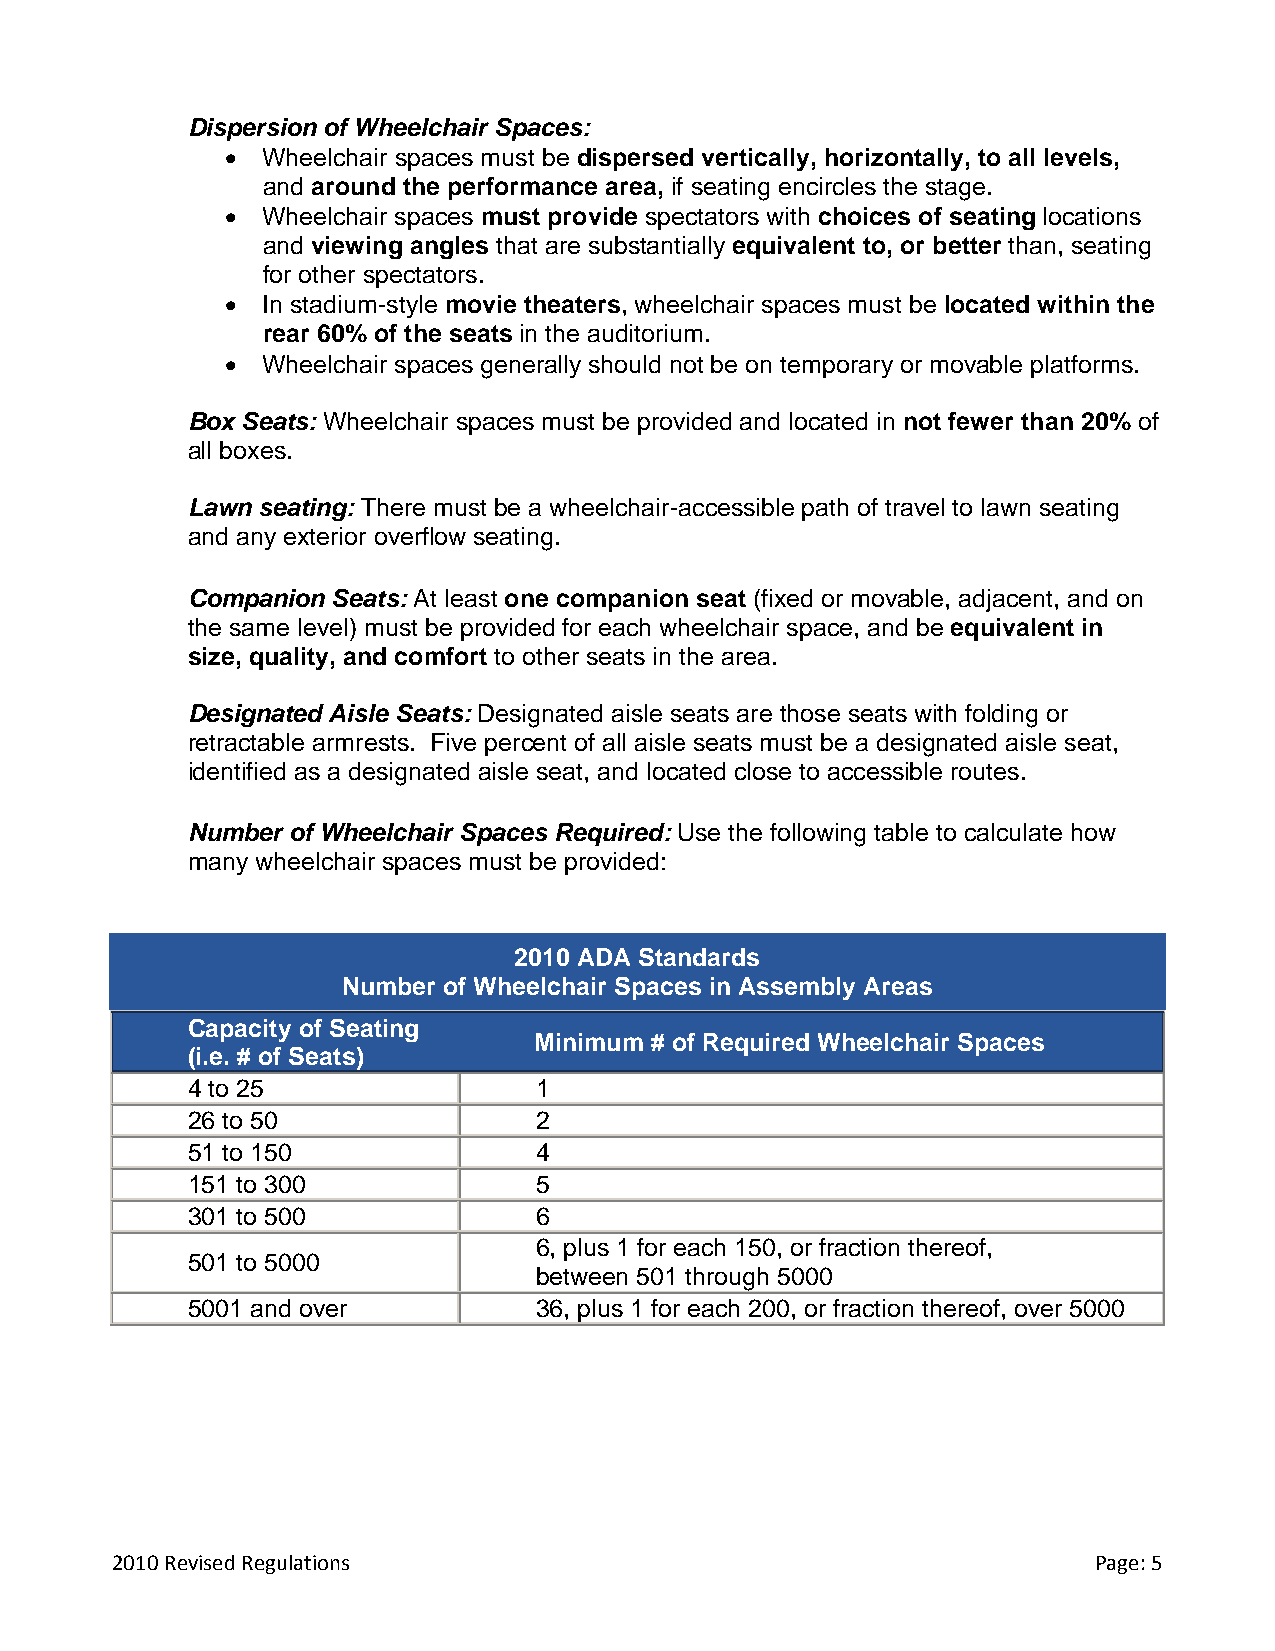
Dispersion of Wheelchair Spaces:
 • Wheelchair spaces must be dispersed vertically, horizontally, to all levels,
 and around the performance area, if seating encircles the stage.
 • Wheelchair spaces must provide spectators with choices of seating locations
 and viewing angles that are substantially equivalent to, or better than, seating
 for other spectators.
 • In stadium-style movie theaters, wheelchair spaces must be located within the
 rear 60% of the seats in the auditorium.
 • Wheelchair spaces generally should not be on temporary or movable platforms.
 Box Seats: Wheelchair spaces must be provided and located in not fewer than 20% of
 all boxes.
 Lawn seating: There must be a wheelchair-accessible path of travel to lawn seating
 and any exterior overflow seating.
 Companion Seats: At least one companion seat (fixed or movable, adjacent, and on
 the same level) must be provided for each wheelchair space, and be equivalent in
 size, quality, and comfort to other seats in the area.
 Designated Aisle Seats: Designated aisle seats are those seats with folding or
 retractable armrests. Five percent of all aisle seats must be a designated aisle seat,
 identified as a designated aisle seat, and located close to accessible routes.
 Number of Wheelchair Spaces Required: Use the following table to calculate how
 many wheelchair spaces must be provided:
 2010 ADA Standards
 Number of Wheelchair Spaces in Assembly Areas
 Capacity of Seating
 Minimum # of Required Wheelchair Spaces
 (i.e. # of Seats)
 4 to 25                1
 26 to 50               2
 51 to 150              4
 151 to 300             5
 301 to 500             6
 6, plus 1 for each 150, or fraction thereof,
 501 to 5000
 between 501 through 5000
 5001 and over          36, plus 1 for each 200, or fraction thereof, over 5000
 2010 Revised Regulations                                         Page: 5